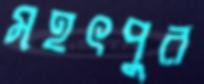
মহৎপুর